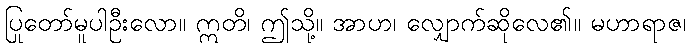
ပြုတော်မူပါဦးလော။ ဣတိ၊ ဤသို့။ အာဟ၊ လျှောက်ဆိုလေ၏။ မဟာရာဇ၊